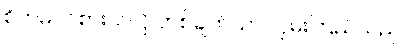
စိတ်မဝင်စားသလို တစ်ချက်သာ လှမ်းကြည့်သည်။